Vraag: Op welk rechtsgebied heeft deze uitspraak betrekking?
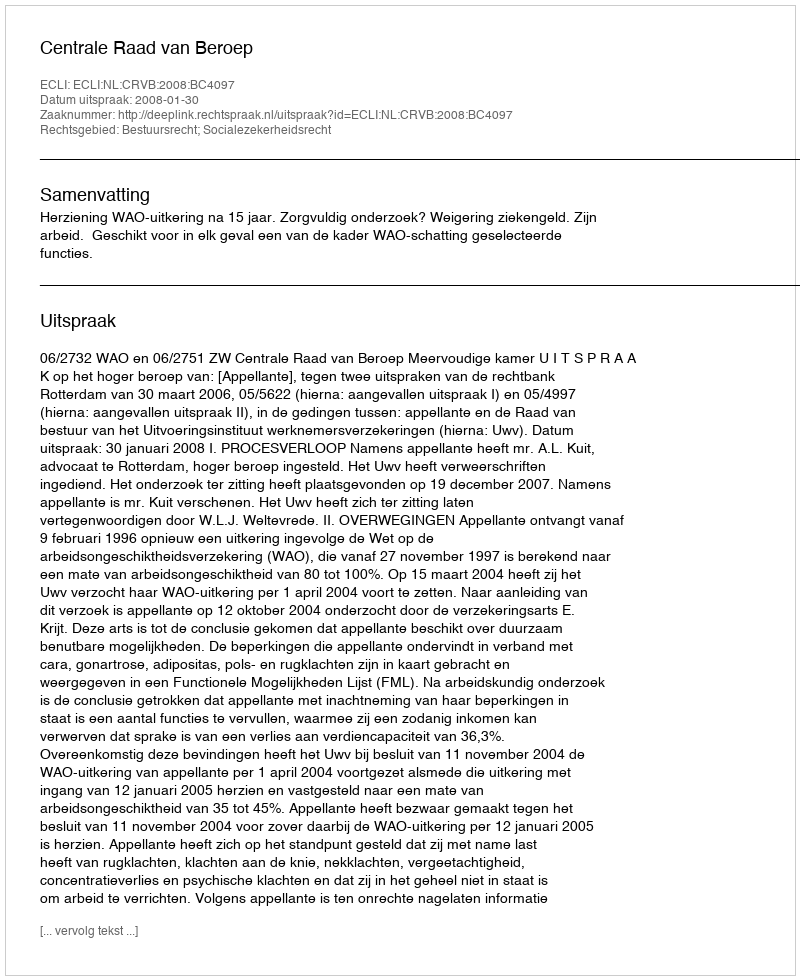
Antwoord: Bestuursrecht; Socialezekerheidsrecht